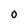
Character: 0